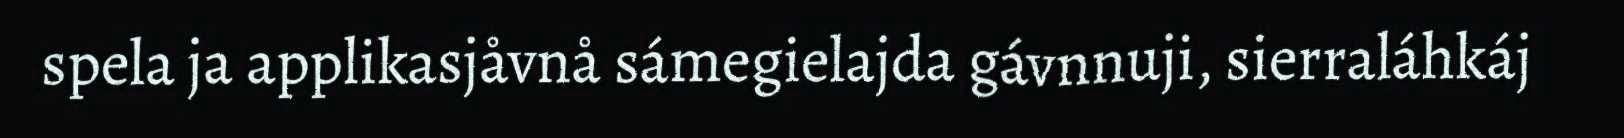
spela ja applikasjåvnå sámegielajda gávnnuji, sierraláhkáj